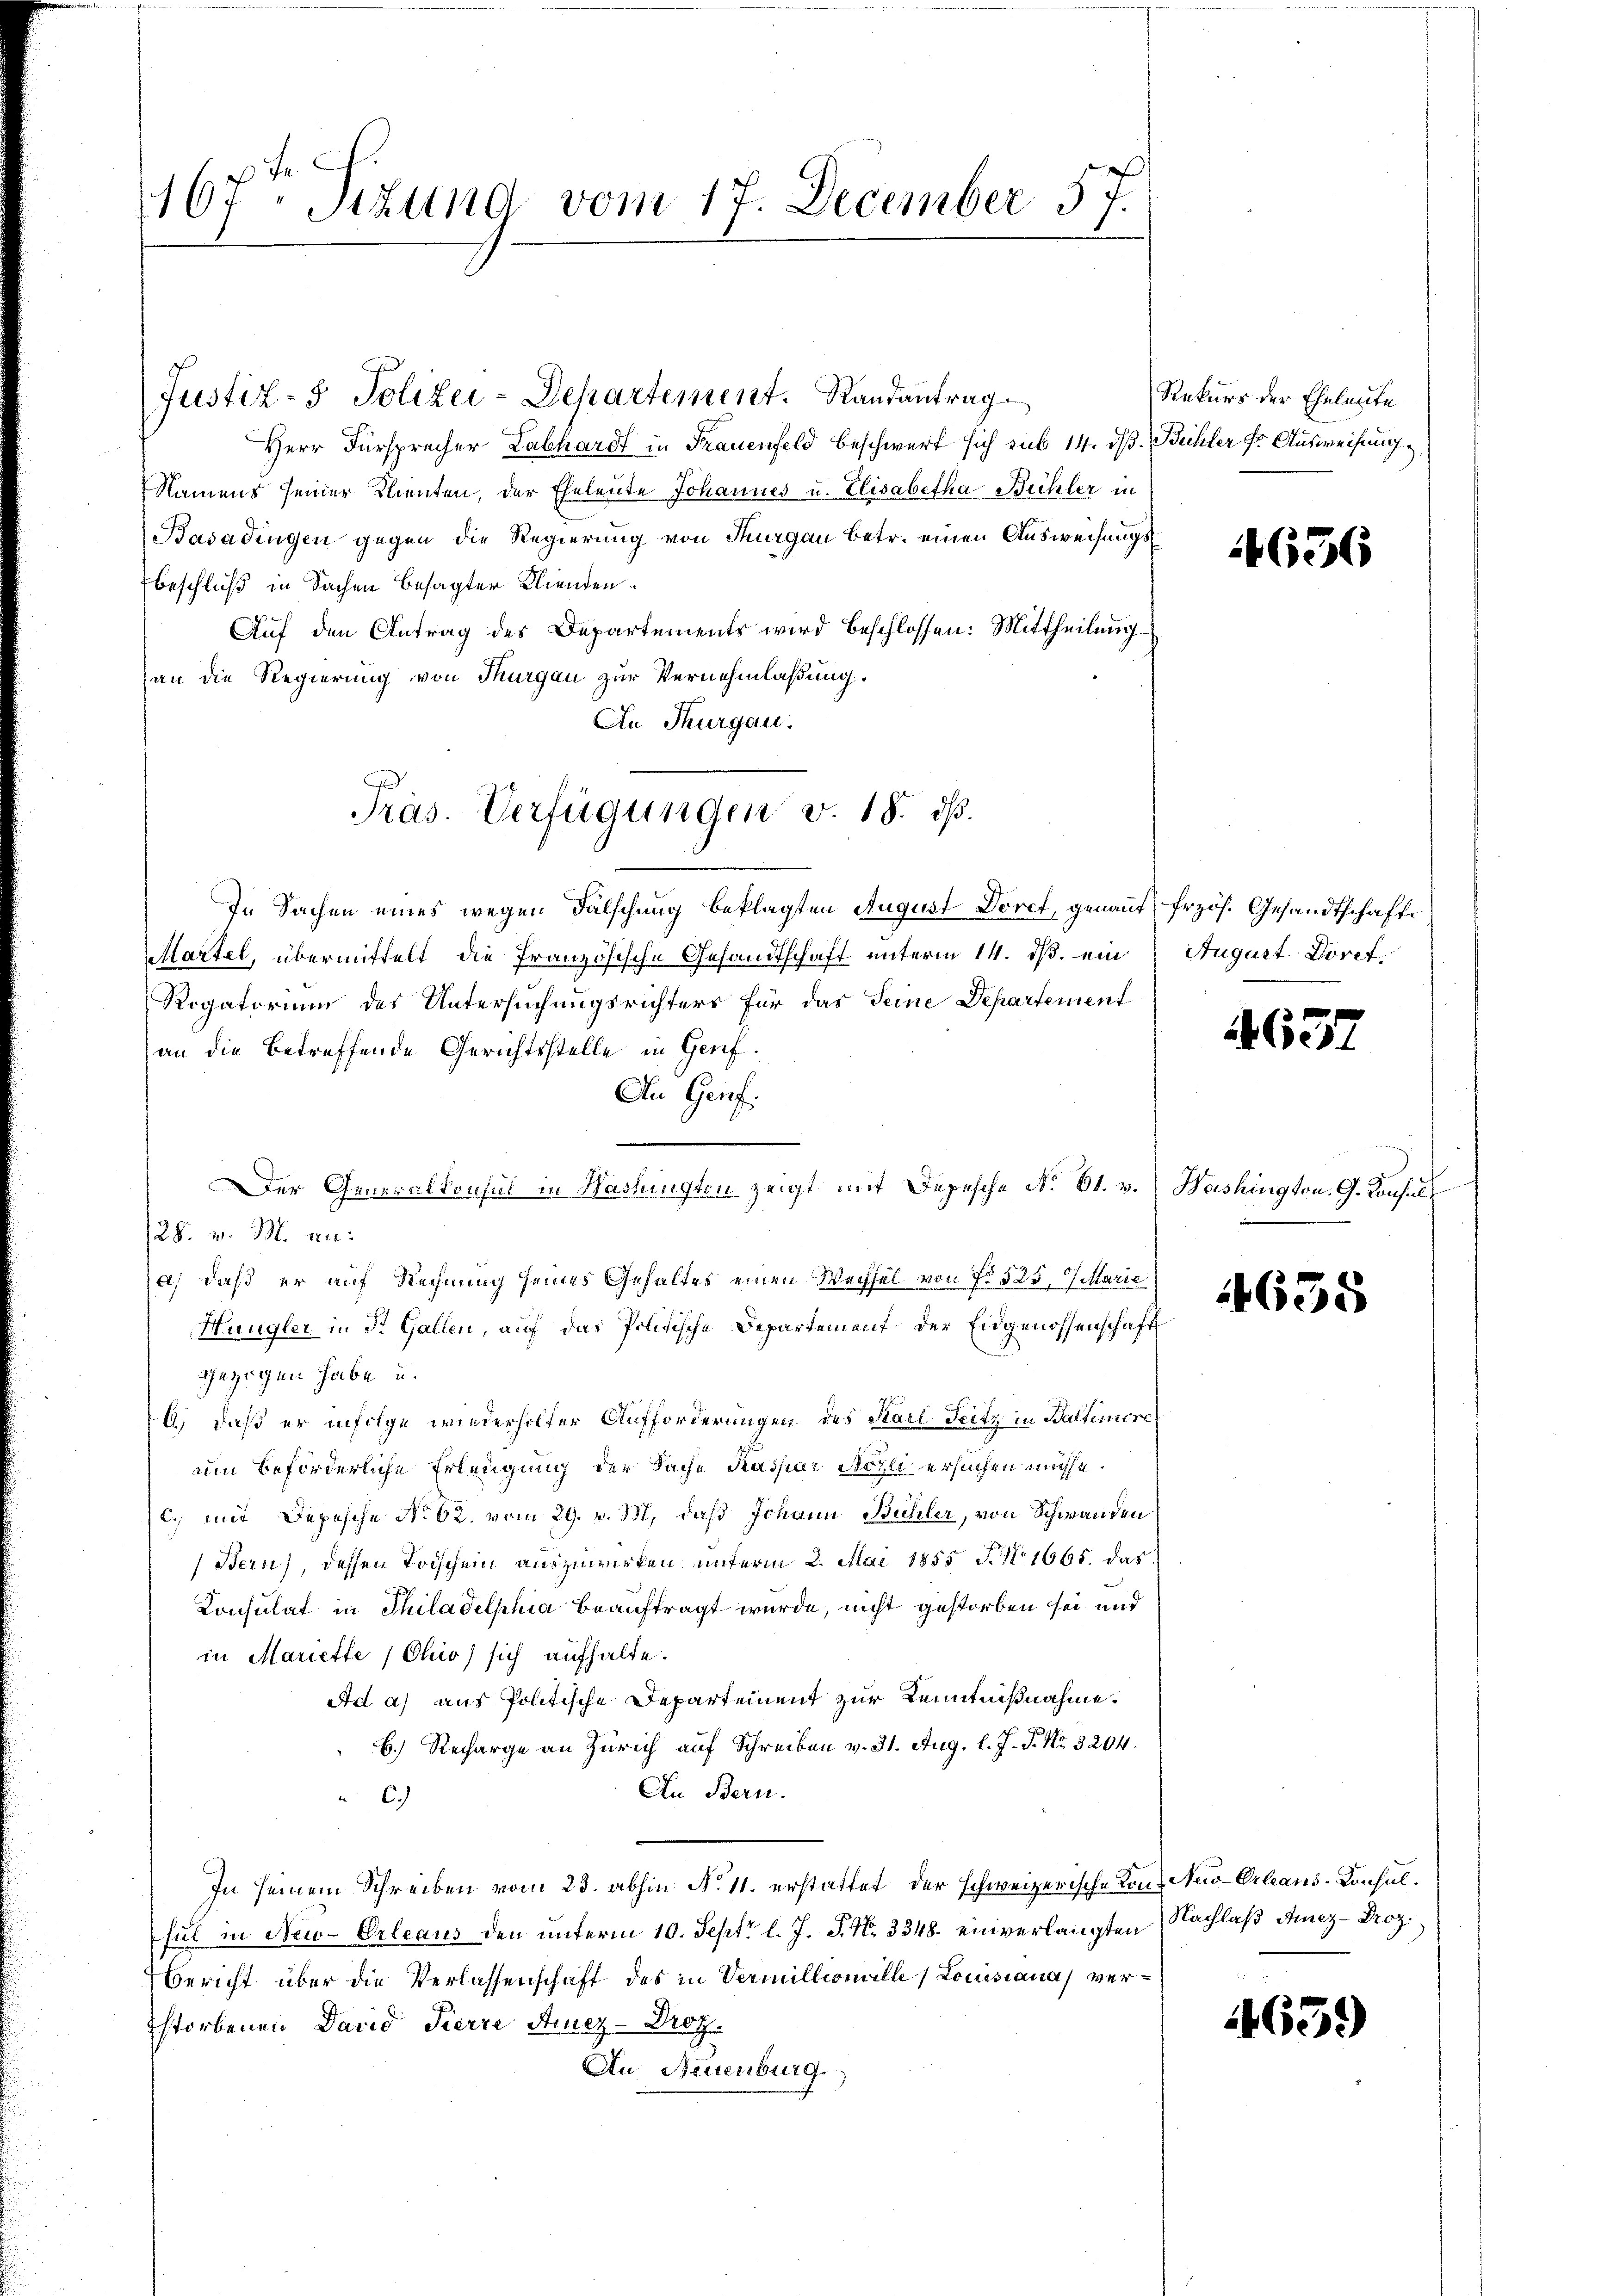
167. Sizung vom 17. December 57.

Justiz- & Polizei-Departement. Randantrag
Herr Fürsprecher Labhardt in Frauenfeld beschwert sich sub 14. dß. Bühler fr. Ausweisung,
Namens seiner Klienten, der Eheleute Johannes u. Elisabetha Bühler in
Basadingen gegen die Regierung von Thurgau betr. einen Ausweisungsbeschließ in Sachen besagter Klienden.
Auf den Antrag des Departements wird beschlossen: Mittheilung
an die Regierung von Thurgau zur Vernehmlaßung.
An Thurgau.
In Sachen eines wegen Fälschung beklagten August Doret, genannt
Martel, übermittelt, die Französische Gesandtschaft unterm 14. ds. ein
Rogatorium des Untersuchungsrichters für das Seine Departement
an die betreffende Gerichtsstelle in Genf.
An Genf.
28. v. M. an:
a, daß er auf Rechnung seines Gehaltes einen Wechsel von No 525, Marie
Hungler in St. Gallen, auf das Politische Departement der Eidgenossenschaft
gezogen habe u.
6) daß er infolge wiederholter Aufforderungen des Karl Fritz in Baltimiere
um beförderliche Erleugung der Sache Kaspar Nozli ersuchen müsse.
c.) mit Depesche No 62. vom 29. v. M., daß Johann Bühler, von Schwanden
(Bern), dessen Todschein auszuwirken unterm 2. Mai 1855 N. N. 1665. das
Konsulat in Thiladelphia beauftragt wurde, nicht gestorben sei und
in Mariette (Ohio) sich aufhalte.
Ad a) aus Politische Departement zur Kenntnißnahme.
B.) Recharge an Zürich auf Schreiben v. 31. Aug. l. J. P. Nr. 3204.
An Bern.
C.)
In seinem Schreiben vom 23. abhin No 11. erstattet, der schweizerische Kon-Nu-Orleans-Consulful in Neu-Orleaus den unterm 10. Sept. l. J. P. Nr. 3348. einverlangten Nachlaß Mez-Proz.
Bericht über die Verlassenschaft des in Vermillionille (Louissana) verstorbenen David Pierre Amez-Droz.
An Neuenburg

Präs. Verfügungen v. 18. ds.

Der Generalkonsul in Washingten zeigt mit Depesche No. 61. v.

Rekurs der Eheleute

4636

frzös. Gesandtschaft
August Dorf

463.

Washington. G. Consul

4655

659)